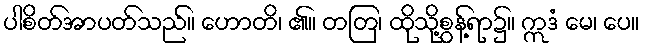
ပါစိတ်အာပတ်သည်။ ဟောတိ၊ ၏။ တတြ၊ ထိုသို့စွန့်ရာ၌။ ဣဒံ မေ၊ ပေ။